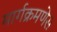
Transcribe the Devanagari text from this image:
मार्गक्रमणेस